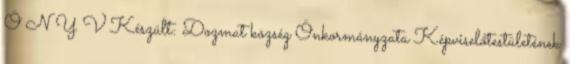
Ö N Y V Készült: Dozmat község Önkormányzata Képviselőtestületének